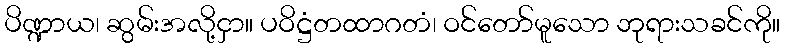
ပိဏ္ဍာယ၊ ဆွမ်းအလို့ငှာ။ ပဝိဋ္ဌံတထာဂတံ၊ ဝင်တော်မူသော ဘုရားသခင်ကို။